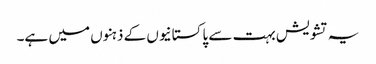
یہ تشویش بہت سے پاکستانیوں کے ذہنوں میں ہے۔